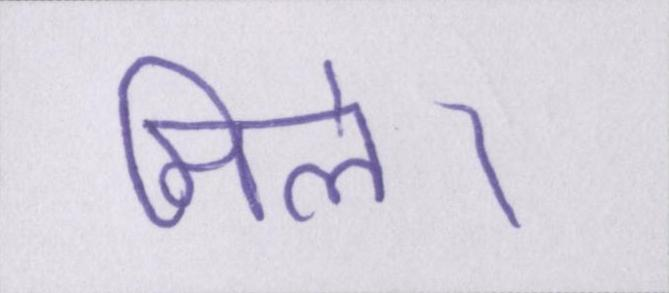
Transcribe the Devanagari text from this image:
मिले।